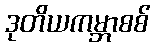
ဒုတိယကမ္ဘာစစ်